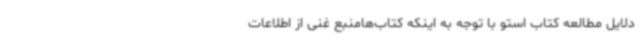
دلایل مطالعه کتاب استو با توجه به اینکه کتاب‌هامنبع غنی از اطلاعات